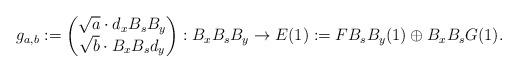
LaTeX: \begin{align*} g_{a,b} := \left ( \begin{matrix} \sqrt{a} \cdot d_xB_sB_y \\ \sqrt{b} \cdot B_xB_sd_y \end{matrix} \right) : B_xB_sB_y \stackrel{}{\to} E(1) := FB_sB_y(1) \oplus B_xB_sG(1).\end{align*}